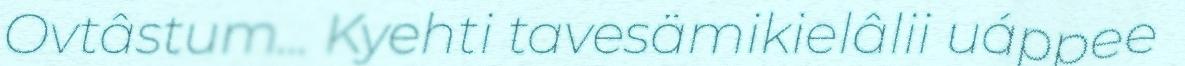
Ovtâstum... Kyehti tavesämikielâlii uáppee